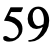
59